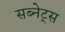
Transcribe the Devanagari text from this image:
सब्नेट्स